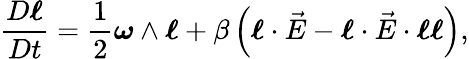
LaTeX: \frac{D\boldsymbol{\ell}}{Dt}=\frac{1}{2}\boldsymbol{\omega}\wedge\boldsymbol{\ell}+\beta\left(\boldsymbol{\ell}\cdot\vec{E}-\boldsymbol{\ell}\cdot\vec{E}\cdot\boldsymbol{\ell}\boldsymbol{\ell}\right),